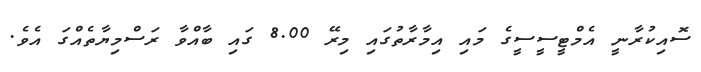
ސޮއިކުރާނީ އެމްޓީސީސީގެ މައި އިމާރާތުގައި މިރޭ 8.00 ގައި ބާއްވާ ރަސްމިޔާތެއްގަ އެވެ.